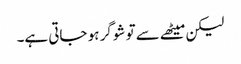
لیکن میٹھے سے تو شوگر ہو جاتی ہے۔